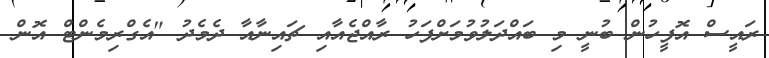
ރައީސް އޮފީހުން ބުނީ މި ބައްދަލުވުމަށްފަހު ރާއްޖެއާއި ޗައިނާއާ ދެމެދު "އެގްރިމެންޓް އޮން